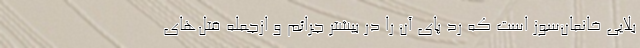
بلایی خانمان‌سوز است که رد پای آن را در بیشتر جرائم و ازجمله قتل‌های